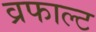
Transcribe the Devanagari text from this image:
व्रफाल्ट